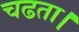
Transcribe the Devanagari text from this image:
चढता।